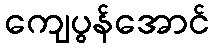
ကျေပွန်အောင်